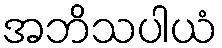
အဘိသပါယံ